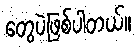
တွေပဲဖြစ်ပါတယ်။